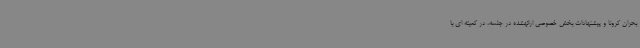
بحران کرونا و پیشنهادات بخش خصوصی ارائهشده در جلسه، در کمیته ای با